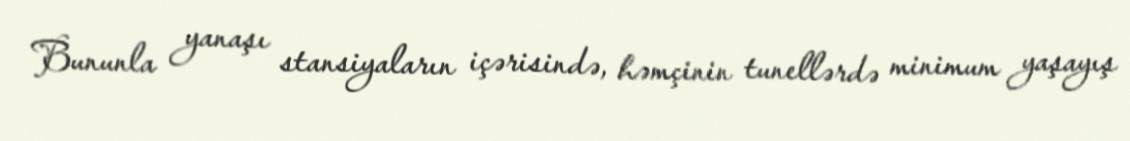
Bununla yanaşı stansiyaların içərisində, həmçinin tunellərdə minimum yaşayış